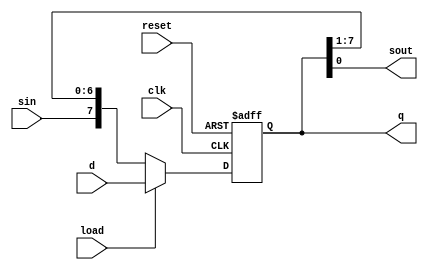
`timescale 1ns / 1ps
//////////////////////////////////////////////////////////////////////////////////
// Company: 
// Engineer: 
// 
// Design Name: 
// Module Name: shift_reg
// Project Name: 
// Target Devices: 
// Tool Versions: 
// Description: 
// 
// Dependencies: 
// 
// Revision:
// Revision 0.01 - File Created
// Additional Comments:
// 
//////////////////////////////////////////////////////////////////////////////////


module shift_reg(clk, reset, load, sin, d, q, sout);

    parameter N = 8;
    input clk, reset, load, sin;
    input [N-1:0] d;
    output reg [N-1:0] q;
    output sout; 
    
    assign sout = q[0];
    
    always @(posedge clk, posedge reset) begin
        if (reset) q <= 0;
        else
            if (load) q <= d;
            else q <= {sin, q[N-1:1]};
    end
    
endmodule